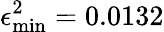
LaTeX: \epsilon_{\mathrm{min}}^{2}=0.0132